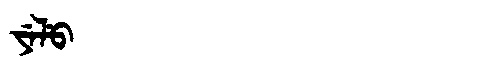
Manchu: ᠶᡝᠯᡠ
Romanization: YELU